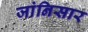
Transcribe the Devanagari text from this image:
जांनिसार